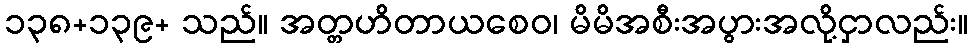
၁၃၈+၁၃၉+ သည်။ အတ္တဟိတာယစေဝ၊ မိမိအစီးအပွားအလို့ငှာလည်း။